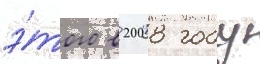
э́того в 2008 году